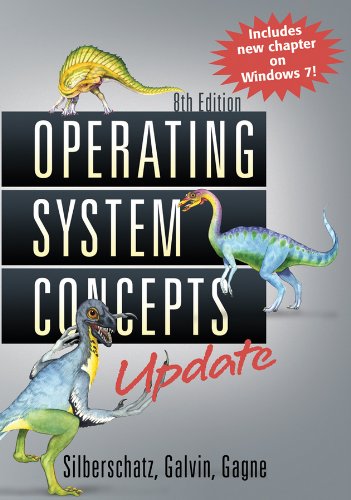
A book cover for Operating System Concepts; Abraham Silberschatz; Computers & Technology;